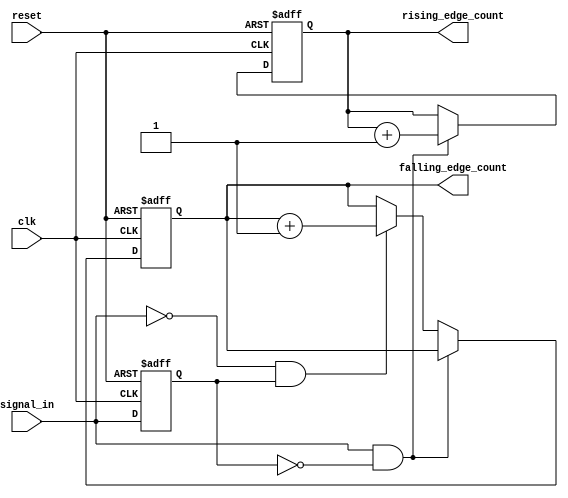
module edge_counter (
    input wire clk,                // Clock signal
    input wire reset,              // Reset signal
    input wire signal_in,          // Input signal to detect edges
    output reg [31:0] rising_edge_count,   // Count of rising edges
    output reg [31:0] falling_edge_count   // Count of falling edges
);

    reg prev_signal;               // Register to hold the previous state of signal_in

    // Synchronous process for edge detection and counting
    always @(posedge clk or posedge reset) begin
        if (reset) begin
            // Reset counts to zero
            rising_edge_count <= 32'b0;
            falling_edge_count <= 32'b0;
            prev_signal <= 1'b0;   // Initialize previous signal state
        end else begin
            // Edge detection logic
            if (signal_in && !prev_signal) begin
                // Rising edge detected
                rising_edge_count <= rising_edge_count + 1;
            end else if (!signal_in && prev_signal) begin
                // Falling edge detected
                falling_edge_count <= falling_edge_count + 1;
            end
            
            // Update previous signal state
            prev_signal <= signal_in;
        end
    end

endmodule